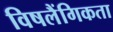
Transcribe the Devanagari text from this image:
विषलैंगिकता